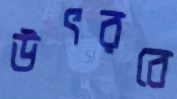
উৎরবে